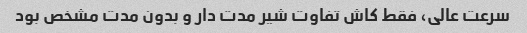
سرعت عالی، فقط کاش تفاوت شیر مدت دار و بدون مدت مشخص بود